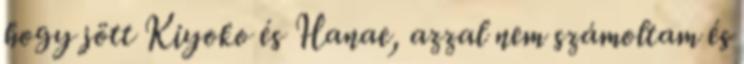
hogy jött Kiyoko és Hanae, azzal nem számoltam és